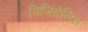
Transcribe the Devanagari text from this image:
डिजिटेलिस